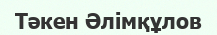
Тәкен Әлімқұлов